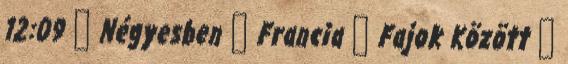
12:09 ▪ Négyesben ▪ Francia ▪ Fajok Között ▪